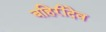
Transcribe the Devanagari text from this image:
बहिरीदेव